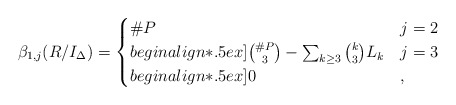
\begin{align*}\beta_{1, j} (R/I_{\Delta}) = \begin{cases}\# P & j = 2 \\begin{align*}.5ex]\binom{\# P}{3} - \sum_{k \ge 3} \binom{k}{3} L_k & j = 3 \\begin{align*}.5ex]0 & ,\end{cases}\end{align*}